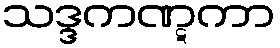
သဒ္ဒကဏ္ဋကာ